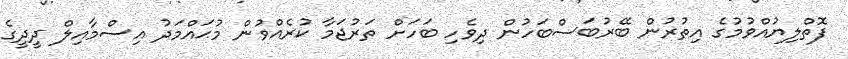
ފޮތްލިޔުއްވުމުގެ އިތުރުން ބޭރުބަސްބަހުން ދިވެހި ބަހަށް ތަރުޖަމާ ކުރެއްވުން މުޙައްމަދު އިސްމާއިލް ދީދީގެ